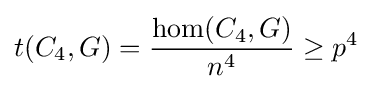
t(C_{4},G)={\frac {\operatorname {hom} (C_{4},G)}{n^{4}}}\geq p^{4}